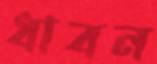
ধাবন